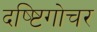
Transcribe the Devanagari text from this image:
दष्ष्टिगोचर